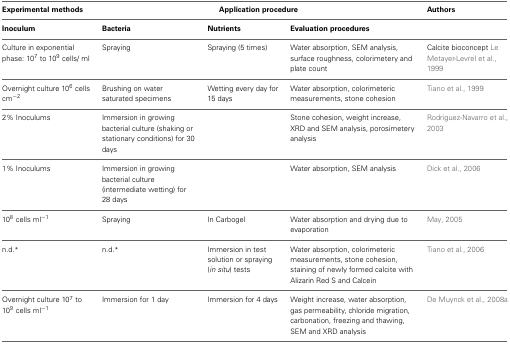
<table><thead><tr><td><b>Experimental methods</b></td><td colspan="3"><b>Application procedure</b></td><td><b>Authors</b></td></tr></thead><tbody><tr><td><b>Inoculum</b></td><td><b>Bacteria</b></td><td><b>Nutrients</b></td><td><b>Evaluation procedures</b></td><td></td></tr><tr><td>Culture in exponential phase: 10<sup>7</sup> to 10<sup>9</sup> cells/ ml</td><td>Spraying</td><td>Spraying (5 times)</td><td>Water absorption, SEM analysis, surface roughness, colorimetery and plate count</td><td>Calcite bioconcept Le Metayer-Levrel et al., 1999</td></tr><tr><td>Overnight culture 10<sup>6</sup> cells cm<sup>−2</sup></td><td>Brushing on water saturated specimens</td><td>Wetting every day for 15 days</td><td>Water absorption, colorimeteric measurements, stone cohesion</td><td>Tiano et al., 1999</td></tr><tr><td>2% Inoculums</td><td>Immersion in growing bacterial culture (shaking or stationary conditions) for 30 days</td><td></td><td>Stone cohesion, weight increase, XRD and SEM analysis, porosimetery analysis</td><td>Rodriguez-Navarro et al., 2003</td></tr><tr><td>1% Inoculums</td><td>Immersion in growing bacterial culture (intermediate wetting) for 28 days</td><td></td><td>Water absorption, SEM analysis</td><td>Dick et al., 2006</td></tr><tr><td>10<sup>8</sup> cells ml<sup>−1</sup></td><td>Spraying</td><td>In Carbogel</td><td>Water absorption and drying due to evaporation</td><td>May, 2005</td></tr><tr><td>n.d.<sup>*</sup></td><td>n.d.<sup>*</sup></td><td>Immersion in test solution or spraying (<i>in situ</i>) tests</td><td>Water absorption, colorimeteric measurements, stone cohesion, staining of newly formed calcite with Alizarin Red S and Calcein</td><td>Tiano et al., 2006</td></tr><tr><td>Overnight culture 10<sup>7</sup> to 10<sup>9</sup> cells ml<sup>−1</sup></td><td>Immersion for 1 day</td><td>Immersion for 4 days</td><td>Weight increase, water absorption, gas permeability, chloride migration, carbonation, freezing and thawing, SEM and XRD analysis</td><td>De Muynck et al., 2008a</td></tr></tbody></table>